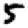
Digit: 5